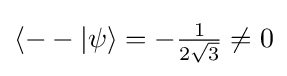
\langle --|\psi \rangle =-{\tfrac {1}{2{\sqrt {3}}}}\neq 0